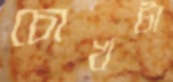
চোখটা